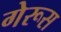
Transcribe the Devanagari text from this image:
गेरूस